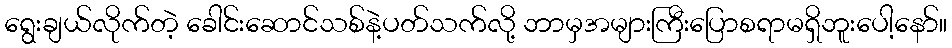
ရွေးချယ်လိုက်တဲ့ ခေါင်းဆောင်သစ်နဲ့ပတ်သက်လို့ ဘာမှအများကြီးပြောစရာမရှိဘူးပေါ့နော်။